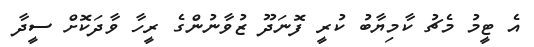
އެ ޓީމު މެޗު ކާމިޔާބު ކުރީ ފޮނަދޫ ޒުވާނުންގެ ރީހާ ވާދަކޮށް ސީދާ